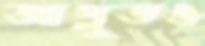
আপ্লুতও